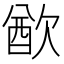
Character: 𣣫